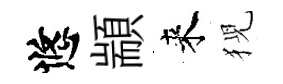
悠顓来猊